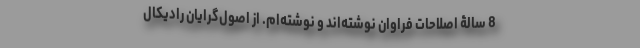
8 سالۀ اصلاحات فراوان نوشته‌اند و نوشته‌ام. از اصول‌گرایان رادیکال